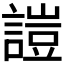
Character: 𧪚